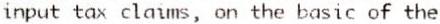
INPUT TAX CLAIMS, ON THE BASIC OF THE